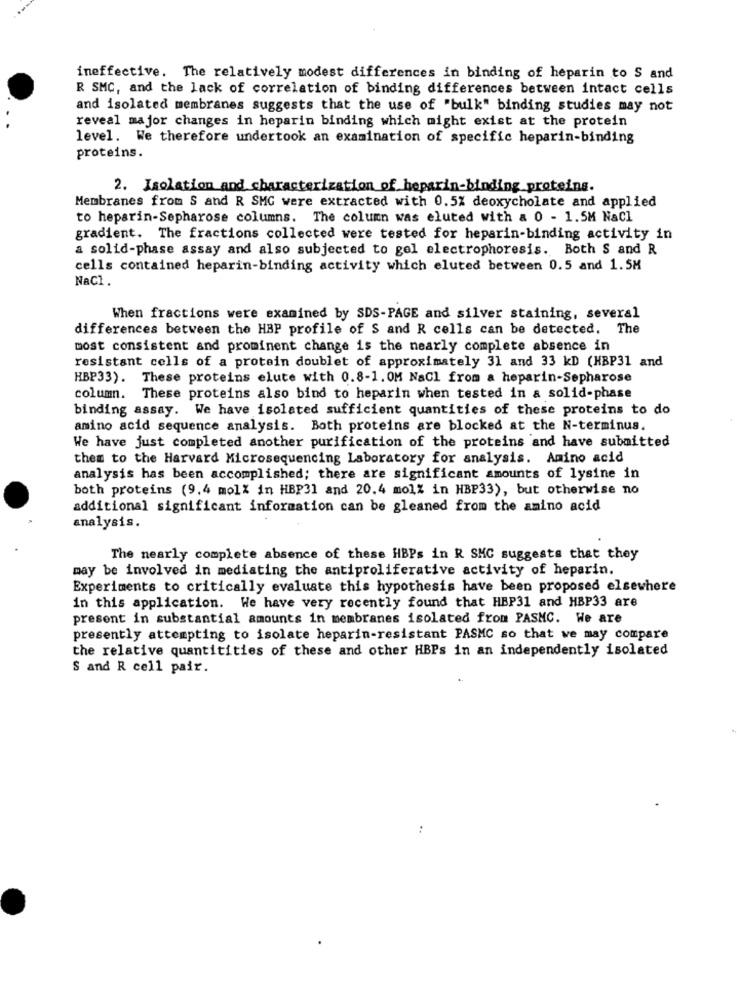
ineffective. The relatively modest differences in binding of heparin to S and
R SMC, and the lack of correlation of binding differences between intact cells
and isolated membranes suggests that the use of "bulk" binding studies may not
reveal major changes in heparin binding which might exist at the protein
level. We therefore undertook an examination of specific heparin-binding
proteins.
2. Isolation and characterization of heparin-binding proteins.
Membranes from S and R SMG were extracted with 0.5% deoxycholate and applied
to heparin-Sepharose columns. The column was eluted with a 0 - 1.5M NaCl
gradient. The fractions collected were tested for heparin-binding activity in
a solid-phase assay and also subjected to gel electrophoresis. Both S and R
cells contained heparin-binding activity which eluted between 0.5 and 1.5M
NaCl.
When fractions were examined by SDS-PAGE and silver staining, several
differences between the HBP profile of S and R cells can be detected. The
most consistent and prominent change is the nearly complete absence in
resistant cells of a protein doublet of approximately 31 and 33 kD (HBP31 and
HBP33). These proteins elute with 0.8-1. OM NaCl from a heparin-Sepharose
column. These proteins also bind to heparin when tested in a solid-phase
binding assay. We have isolated sufficient quantities of these proteins to do
amino acid sequence analysis. Both proteins are blocked at the N-terminus.
We have just completed another purification of the proteins and have submitted
them to the Harvard Microsequencing Laboratory for analysis. Amino acid
analysis has been accomplished; there are significant amounts of lysine in
both proteins (9,4 mol% in HBP31 and 20.4 mol% in HBP33), but otherwise no
additional significant information can be gleaned from the amino acid
analysis.
The nearly complete absence of these HBPs in R SMC suggests that they
may be involved in mediating the antiproliferative activity of heparin.
Experiments to critically evaluate this hypothesis have been proposed elsewhere
in this application. We have very recently found that HBP31 and HBP33 are
present in substantial amounts in membranes isolated from PASMC. We are
presently attempting to isolate heparin-resistant PASMC so that we may compare
the relative quantitities of these and other HBPs in an independently isolated
S and R cell pair.